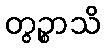
တွဉ္စာသိ